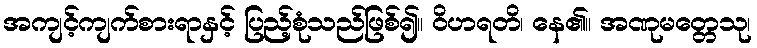
အကျင့်ကျက်စားရာနှင့် ပြည့်စုံသည်ဖြစ်၍။ ဝိဟရတိ၊ နေ၏။ အဏုမတ္တေသု၊